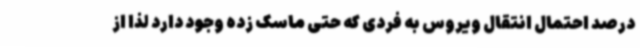
درصد احتمال انتقال ویروس به فردی که حتی ماسک زده وجود دارد لذا از